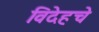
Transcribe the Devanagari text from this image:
विदेहचे